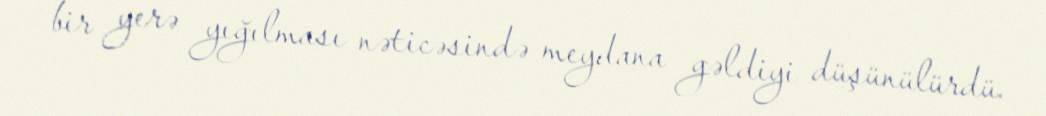
bir yerə yığılması nəticəsində meydana gəldiyi düşünülürdü.